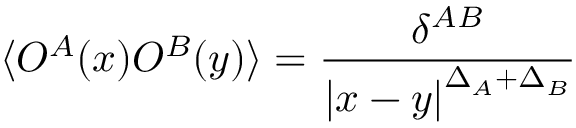
\langle { \cal O } ^ { A } ( x ) { \cal O } ^ { B } ( y ) \rangle = \frac { \delta ^ { A B } } { \left| x - y \right| ^ { \Delta _ { A } + \Delta _ { B } } }